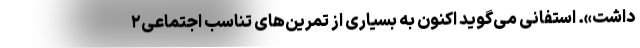
داشت». استفانی می‌گوید اکنون به بسیاری از تمرین‌های تناسب اجتماعی۲